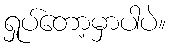
ရှုပ်တော့မှာပါပဲ။